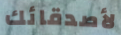
لأصدقائك